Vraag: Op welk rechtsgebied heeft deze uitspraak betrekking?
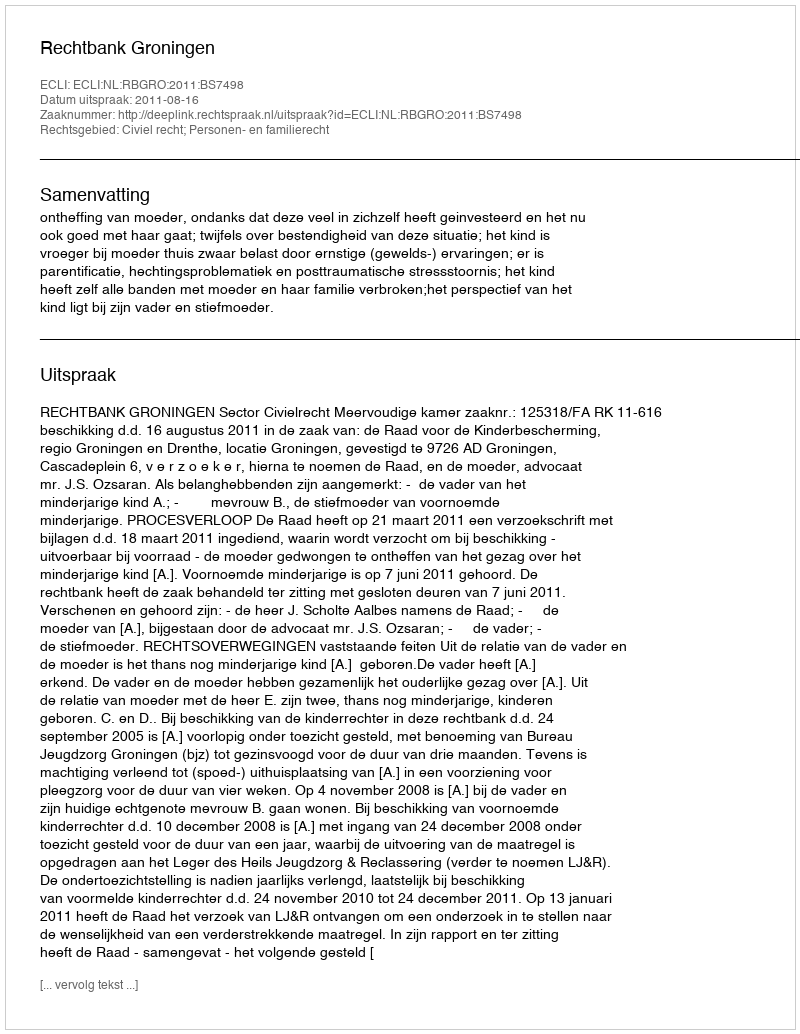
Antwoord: Civiel recht; Personen- en familierecht